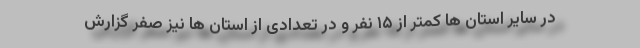
در سایر استان ها کمتر از ۱۵ نفر و در تعدادی از استان ها نیز صفر گزارش